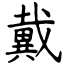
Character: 戴